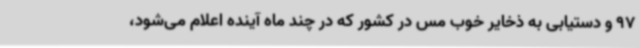
97 و دستیابی به ذخایر خوب مس در کشور که در چند ماه آینده اعلام می‌شود،